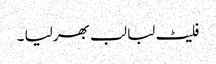
فلیٹ لبا لب بھر لیا ۔